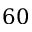
6 0